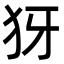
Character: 犽